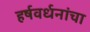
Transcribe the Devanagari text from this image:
हर्षवर्धनांचा